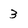
Character: 3